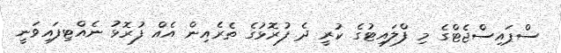
ސްޕައިސްޖެޓްގެ މި ފްލައިޓުގެ ކުރީ ދެ ފުރޮޅުގެ ތެރެއިން އެއް ފުރޮޅު ނެއްޓިފައިވަނީ